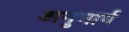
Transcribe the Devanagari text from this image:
अनुमार्ग